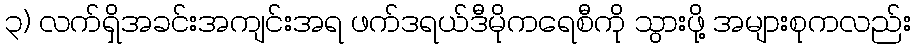
၃) လက်ရှိအခင်းအကျင်းအရ ဖက်ဒရယ်ဒီမိုကရေစီကို သွားဖို့ အများစုကလည်း